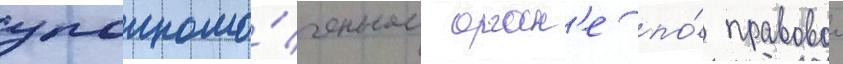
уполномо́ченном орган'е по́ правовои